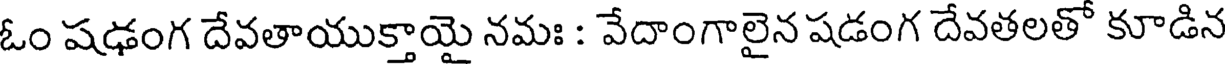
ఓం షఢంగ దేవతాయుక్తాయై నమః : వేదాంగాలైన షడంగ దేవతలతో కూడిన